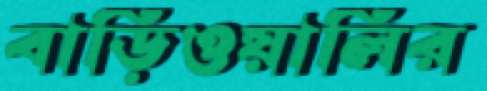
বাড়িওয়ালির